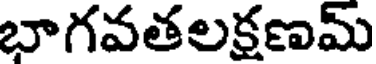
భాగవతలక్షణమ్